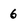
Character: 6